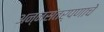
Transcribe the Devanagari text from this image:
अन्नसंतर्पणाचे